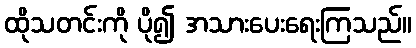
ထိုသတင်းကို ပို၍ အသားပေးရေးကြသည်။